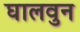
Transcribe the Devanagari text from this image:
घालवुन